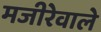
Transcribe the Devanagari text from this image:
मजीरेवाले